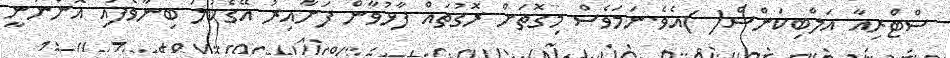
ސްޓްރިއާ އަލްބިކަންސް( )އެވެ.ނަމަވެސް މިގޮތަށް ރޮގުތައް ފާޅުވާން ފަށާއިރު އޭގެކުލަ ބިނާވެފައި އޮންނަނީ